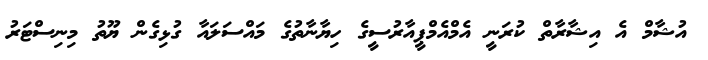
އުޝާމް އެ އިޝާރާތް ކުރަނީ އެމްއެމްޕީއާރުސީގެ ހިޔާނާތުގެ މައްސަލައާ ގުޅިގެން ޔޫތު މިނިސްޓަރު